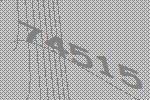
74515